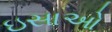
ઇસાઓ